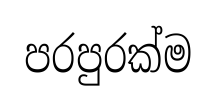
පරපුරක්ම